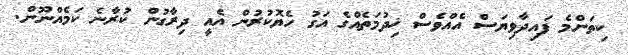
ކިތަންމެ ފައިދާވިޔަސް އެއްވެސް ޚިދުމަތެއްގެ އަގު ހެޔޮކުރުން އެއީ ދިރާގުން ކުރާނެ ކަމެއްނޫން.